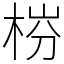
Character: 梤